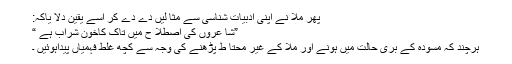
پھر ملا نے اپنی ادبیات شناسی سے مثا لیں دے دے کر اسے یقین دلا یاکہ:
”شا عروں کی اصطلا ح میں تاک کاخون شراب ہے “
ہرچند کہ مسودہ کے بری حالت میں ہونے اور ملّا کے غیر محتا ط پڑھنے کی وجہ سے کچھ غلط فہمیاں پیداہوئیں ۔